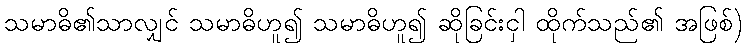
သမာဓိ၏သာလျှင် သမာဓိဟူ၍ သမာဓိဟူ၍ ဆိုခြင်းငှါ ထိုက်သည်၏ အဖြစ်)